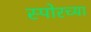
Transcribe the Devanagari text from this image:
स्पोरच्या